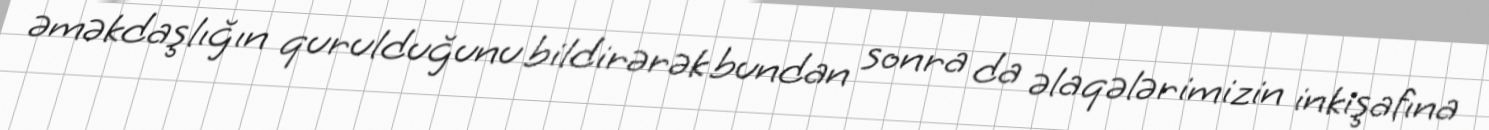
əməkdaşlığın qurulduğunu bildirərək bundan sonra da əlaqələrimizin inkişafına